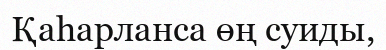
Қаһарланса өң суиды,